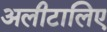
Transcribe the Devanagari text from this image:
अलीटालिए